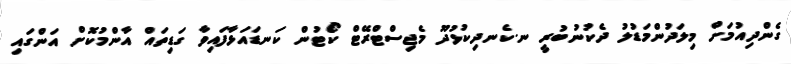
ގެންދިއުމަށް މިލަދުންމަޑުލު ދެކުނުބުރީ ނ.ކެނދިކުޅުދޫ މެޖިސްޓްރޭޓް ކޯޓުން ކަނޑައަޅާފައިވާ ގަޑިތައް އާންމުކޮށް އަންގައި